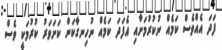
ފަދަ އެއްވެސް ކަމެއް ނުކުރުމަށާއި އެފަދަ ކަމެއް ނުހިނގާކަން ކަށަވަރު ކުރުމަކީ ވެސް